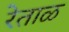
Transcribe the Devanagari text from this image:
रेताळ